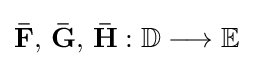
{\textstyle \mathbf {{\bar {F}},\,{\bar {G}},\,{\bar {H}}} :\mathbb {D} \longrightarrow \mathbb {E} }